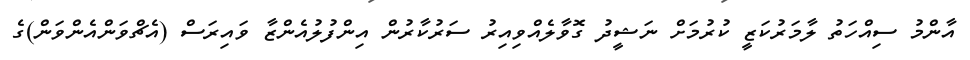
އާންމު ސިއްހަތު ލާމަރުކަޒީ ކުރުމަށް ނަޝީދު ގޮވާލެއްވިއިރު ސަރުކާރުން އިންފުލުއެންޒާ ވައިރަސް (އެޗްވަންއެންވަން)ގެ